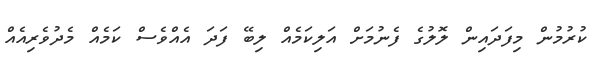
ކުރުމުން މިފަދައިން ލޮލުގެ ފެނުމަށް އަލިކަމެއް ލިބޭ ފަދަ އެއްވެސް ކަމެއް މެދުވެރިއެއް